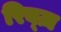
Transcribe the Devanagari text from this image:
रिब्ज़